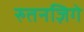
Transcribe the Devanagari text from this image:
रुतनज़िगे